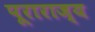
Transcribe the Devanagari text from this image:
पूराराज्य